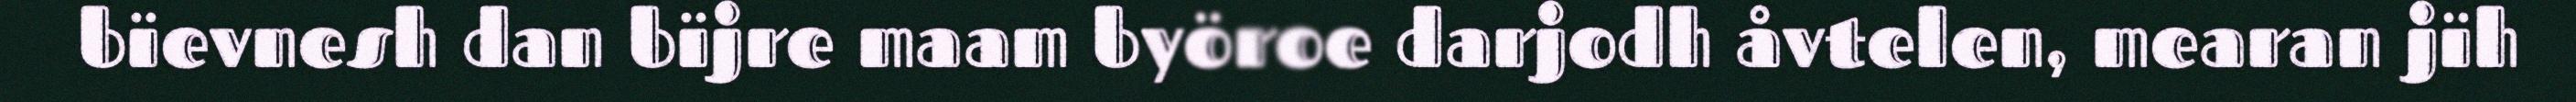
bïevnesh dan bïjre maam byöroe darjodh åvtelen, mearan jïh